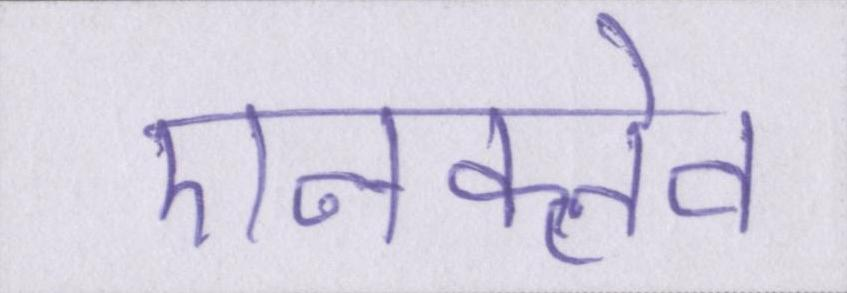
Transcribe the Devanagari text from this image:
एनक्लेव